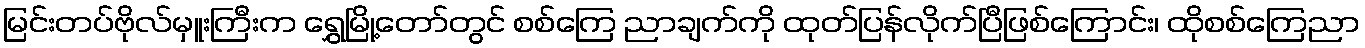
မြင်းတပ်ဗိုလ်မှူးကြီးက ရွှေမြို့တော်တွင် စစ်ကြေ ညာချက်ကို ထုတ်ပြန်လိုက်ပြီဖြစ်ကြောင်း၊ ထိုစစ်ကြေညာ